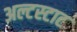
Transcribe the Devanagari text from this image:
अल्टस्टाट